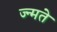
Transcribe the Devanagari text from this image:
ज्न्मते